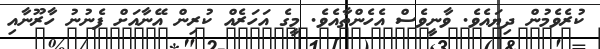
ކުރެވެމުން ދިޔައެވެ. ވާނީވެސް އެހެންތާއެވެ. މީގެ އަހަރެއް ކުރިން އޭނާއަށް ފެނުނު ހާރޫނާއި